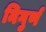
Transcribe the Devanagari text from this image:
निगुर्ण